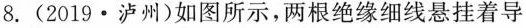
8. (2019 · 泸州)如图所示，两根绝缘细线悬挂着导